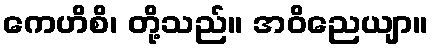
ကေဟိစိ၊ တို့သည်။ အဝိညေယျာ။